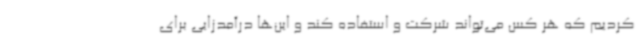
کردیم که هر کس می‌تواند شرکت و استفاده کند و این‌ها درآمدزایی برای